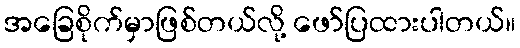
အခြေစိုက်မှာဖြစ်တယ်လို့ ဖော်ပြထားပါတယ်။